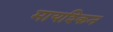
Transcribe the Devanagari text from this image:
मायश्किन